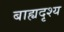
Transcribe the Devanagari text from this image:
बाह्यदृश्य